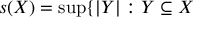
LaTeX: s ( X ) = \operatorname* { s u p } \{ | Y | : Y \subseteq X